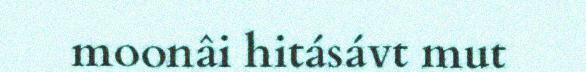
moonâi hitásávt mut